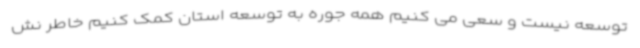
توسعه نیست و سعی می کنیم همه جوره به توسعه استان کمک کنیم خاطر نش